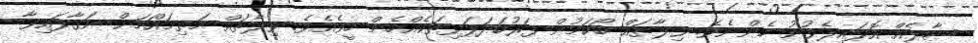
ސާލެއް އޮޅައިލެވުނު ހެންނެވެ. ވިލާތައް ބޯކަމުން ފަރުބަދަފަޅިތަކެއްހެން ހީވެއެވެ. ވިލާތައް މަތިމައްޗަށް ނަގާފައިވާ